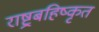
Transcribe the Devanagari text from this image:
राष्ट्रबहिष्कृत